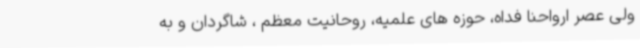
ولی عصر ارواحنا فداه، حوزه های علمیه، روحانیت معظم ، شاگردان و به